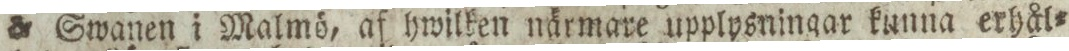
& Swanen i Malmö, af hwilken närmare upplysningar kunna erhål=